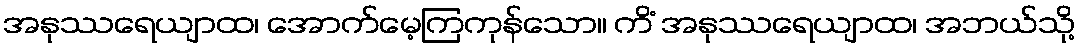
အနုဿရေယျာထ၊ အောက်မေ့ကြကုန်သော။ ကိံ အနုဿရေယျာထ၊ အဘယ်သို့